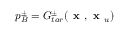
p _ { B } ^ { \pm } = G _ { t a r } ^ { \pm } ( \textbf { x } , \textbf { x } _ { u } )